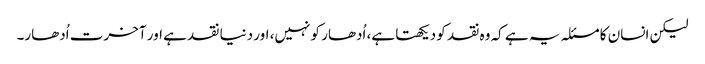
لیکن انسان کا مسئلہ یہ ہے کہ وہ نقد کو دیکھتا ہے، اُدھار کو نہیں، اور دنیا نقد ہے اور آخرت اُدھار۔